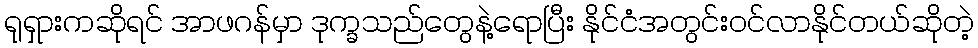
ရုရှားကဆိုရင် အာဖဂန်မှာ ဒုက္ခသည်တွေနဲ့ရောပြီး နိုင်ငံအတွင်းဝင်လာနိုင်တယ်ဆိုတဲ့